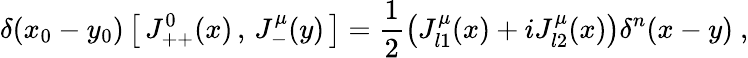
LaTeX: \delta(x_{0}-y_{0})\left[\, J_{++}^{0}(x)\, ,\, J_{-}^{\mu}(y)\, \right]=\frac{1}{2}\left(J_{l1}^{\mu}(x)+iJ_{l2}^{\mu}(x)\right)\delta^{n}(x-y)\ ,